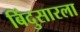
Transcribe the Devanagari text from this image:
बिंदुसारला